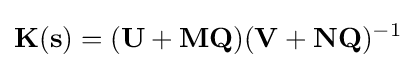
\mathbf {K(s)} =(\mathbf {U} +\mathbf {M} \mathbf {Q} )(\mathbf {V} +\mathbf {N} \mathbf {Q} )^{-1}